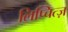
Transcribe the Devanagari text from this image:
लिप्चित्ज़